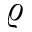
\varrho